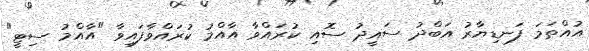
އުއްތަމަ ފަނޑިޔާރު އަބްދު ސައީދު ސޮއި ކުރައްވާ އާއްމު ކުރައްވާފައިވާ "އާއްމު ސިޓީ"